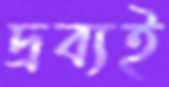
দ্রব্যই